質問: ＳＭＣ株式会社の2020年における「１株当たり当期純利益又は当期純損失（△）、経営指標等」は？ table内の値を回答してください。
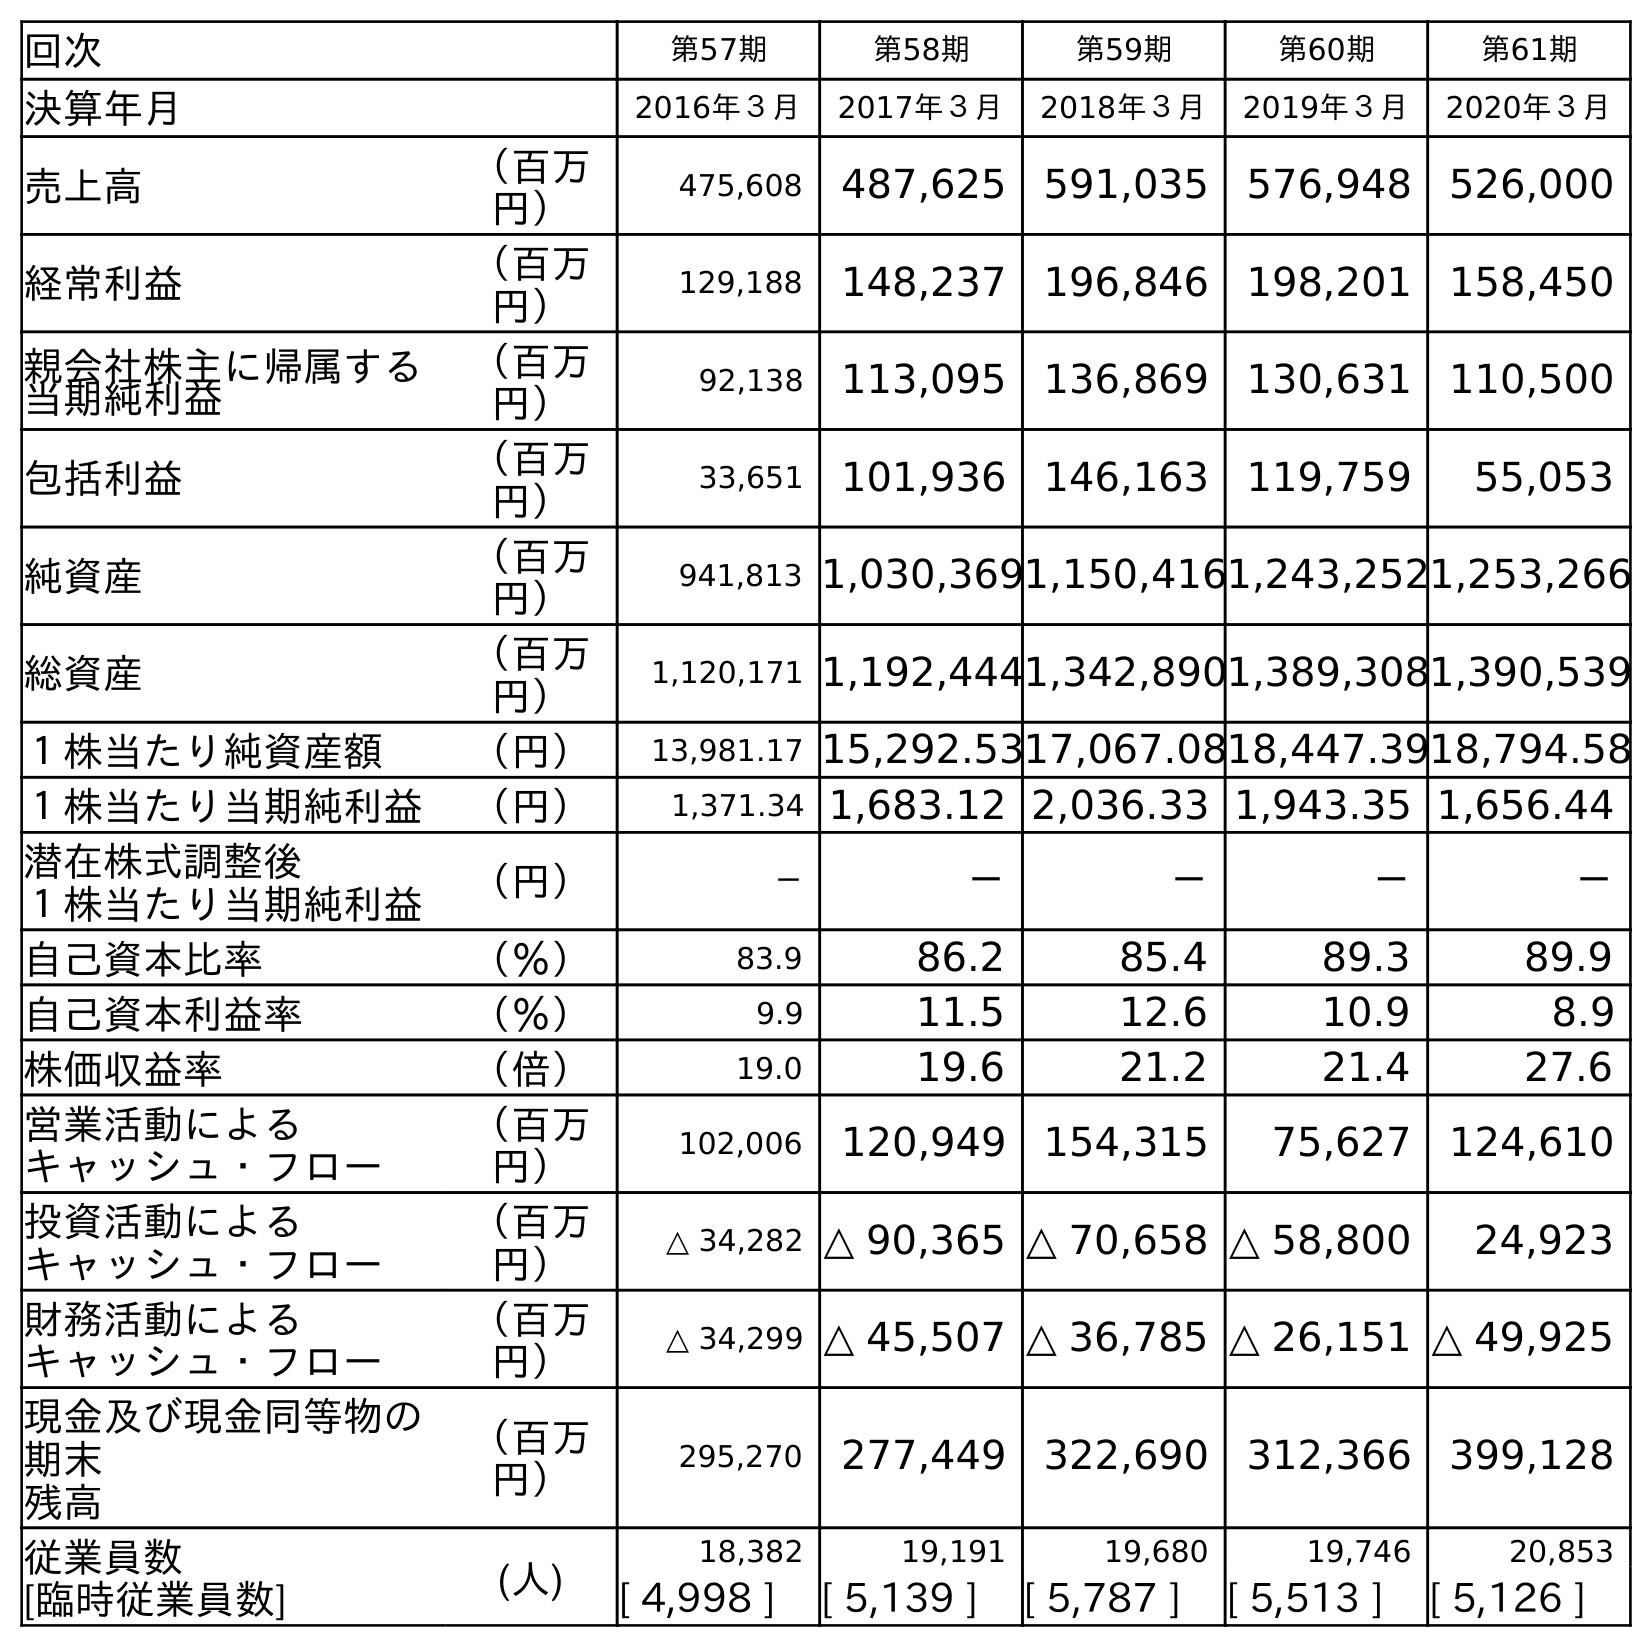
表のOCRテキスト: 回次 第57期 第58期 第59期 第60期 第61期 決算年月 2016年３月 2017年３月 2018年３月 2019年３月 2020年３月 売上高 （百万 円） 475,608 487,625 591,035 576,948 526,000 経常利益 （百万 円） 129,188 148,237 196,846 198,201 158,450 親会社株主に帰属する 当期純利益 （百万 円） 92,138 113,095 136,869 130,631 110,500 包括利益 （百万 円） 33,651 101,936 146,163 119,759 55,053 純資産 （百万 円） 941,813 1,030,3691,150,4161,243,2521,253,266 総資産 （百万 円） 1,120,171 1,192,4441,342,8901,389,3081,390,539 １株当たり純資産額 （円） 13,981.17 15,292.5317,067.0818,447.3918,794.58 １株当たり当期純利益 （円） 1,371.34 1,683.12 2,036.33 1,943.35 1,656.44 潜在株式調整後 １株当たり当期純利益 （円） － － － － － 自己資本比率 （％） 83.9 86.2 85.4 89.3 89.9 自己資本利益率 （％） 9.9 11.5 12.6 10.9 8.9 株価収益率 （倍） 19.0 19.6 21.2 21.4 27.6 営業活動による キャッシュ・フロー （百万 円） 102,006 120,949 154,315 75,627 124,610 投資活動による キャッシュ・フロー （百万 円） △ 34,282 △ 90,365 △ 70,658 △ 58,800 24,923 財務活動による キャッシュ・フロー （百万 円） △ 34,299 △ 45,507 △ 36,785 △ 26,151 △ 49,925 現金及び現金同等物の 期末 残高 （百万 円） 295,270 277,449 322,690 312,366 399,128 従業員数 [臨時従業員数] (人) 18,382 19,191 19,680 19,746 20,853 [ 4,998 ] [ 5,139 ] [ 5,787 ] [ 5,513 ] [ 5,126 ]
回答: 1,656.44